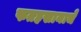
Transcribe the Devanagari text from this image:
फतहखानाचे